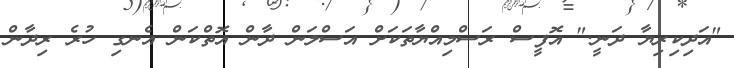
"އަދިކިރިޔާ ދަނީ." އޮފީސް ރަސްމިއްޔާތަކަށް އަސްލަން ދާން އޮތްކަން އެނގި ހުރެ ރިދާން